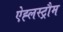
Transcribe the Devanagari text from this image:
ऐह्लस्ट्रौम